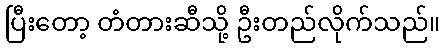
ပြီးတော့ တံတားဆီသို့ ဦးတည်လိုက်သည်။